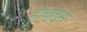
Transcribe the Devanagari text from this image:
हाव्ल्स